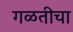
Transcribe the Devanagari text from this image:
गळतीचा